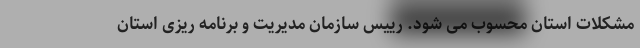
مشکلات استان محسوب می شود. رییس سازمان مدیریت و برنامه ریزی استان